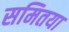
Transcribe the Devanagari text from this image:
समितया